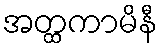
အတ္ထကာမိနီ